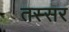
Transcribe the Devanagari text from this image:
तस्सर